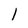
Character: 1